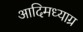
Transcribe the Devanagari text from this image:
आदिमध्याग्र